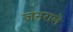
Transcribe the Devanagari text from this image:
जनराले